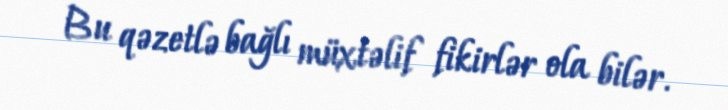
Bu qəzetlə bağlı müxtəlif fikirlər ola bilər.